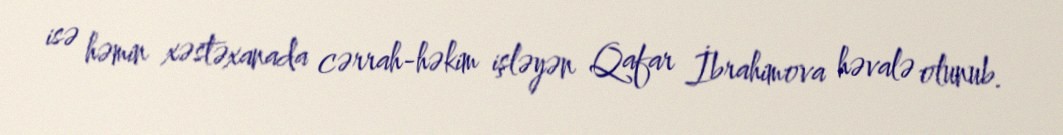
isə həmin xəstəxanada cərrah-həkim işləyən Qafar İbrahimova həvalə olunub.